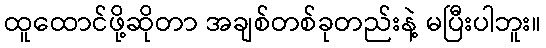
ထူထောင်ဖို့ဆိုတာ အချစ်တစ်ခုတည်းနဲ့ မပြီးပါဘူး။